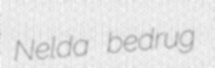
Nelda bedrug